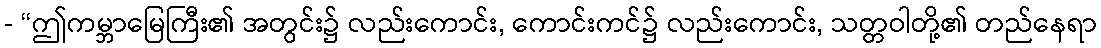
- “ဤကမ္ဘာမြေကြီး၏ အတွင်း၌ လည်းကောင်း, ကောင်းကင်၌ လည်းကောင်း, သတ္တဝါတို့၏ တည်နေရာ